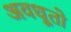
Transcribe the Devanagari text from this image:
अवधूतो